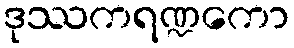
ဒုဿကရဏ္ဍကော